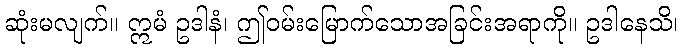
ဆုံးမလျက်။ ဣမံ ဥဒါနံ၊ ဤဝမ်းမြောက်သောအခြင်းအရာကို။ ဥဒါနေသိ၊